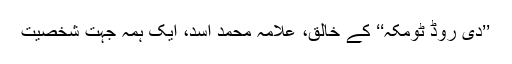
’’دی روڈ ٹومکہ‘‘ کے خالق، علامہ محمد اسد، ایک ہمہ جہت شخصیت